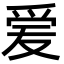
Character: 𬋪